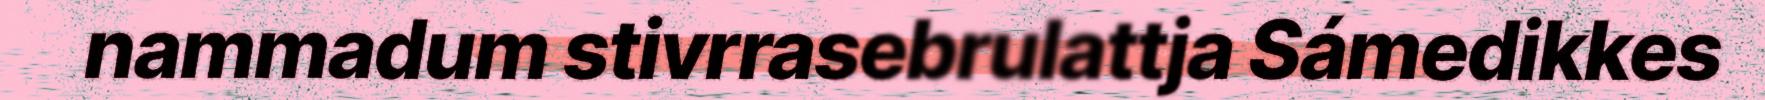
nammadum stivrrasebrulattja Sámedikkes